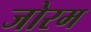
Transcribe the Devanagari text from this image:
जोरम